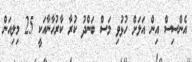
އެންސިސް އިން އަލަށް ހުޅުވި މަސް ބަންދު ކުރާ ކާރުހާނާއަކީ 25 މިލިއަން